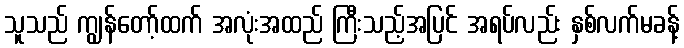
သူသည် ကျွန်တော့်ထက် အလုံးအထည် ကြီးသည့်အပြင် အရပ်လည်း နှစ်လက်မခန့်